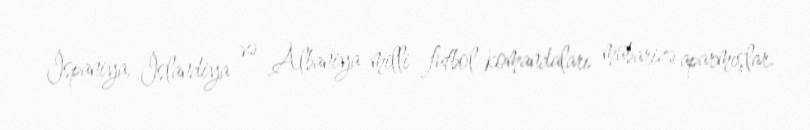
İspaniya, İslandiya və Albaniya milli futbol komandaları mübarizə aparmışlar.